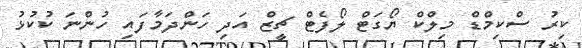
ކިރު ސްކިމްޑް މިލްކް ޔޯގަޓް ލޯފެޓް ޗީޒް އަދި ހަންދަމާފައި ހުންނަ ކުކުޅު